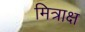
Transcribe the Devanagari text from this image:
मित्राक्ष